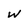
Character: w